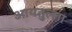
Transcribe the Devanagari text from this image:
आयतुल्ला